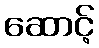
ဆောင့်